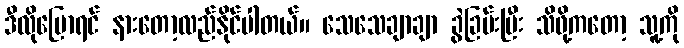
ဒီလိုပြောရင် နားတော့လည်နိုင်ပါတယ်။ သေသေချာချာ ခွဲခြမ်းပြီး သိဖို့ကတော့ သူ့ကို